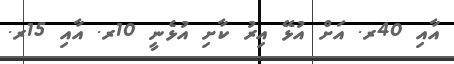
އާއި 40ރ. އަށް އުޅޭ އިރު ކާށި އުޅެނީ 10ރ. އާއި 15ރ.